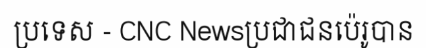
ប្រទេស - CNC Newsប្រជាជនប៉េរូបាន